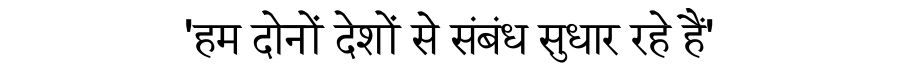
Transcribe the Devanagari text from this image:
'हम दोनों देशों से संबंध सुधार रहे हैं'